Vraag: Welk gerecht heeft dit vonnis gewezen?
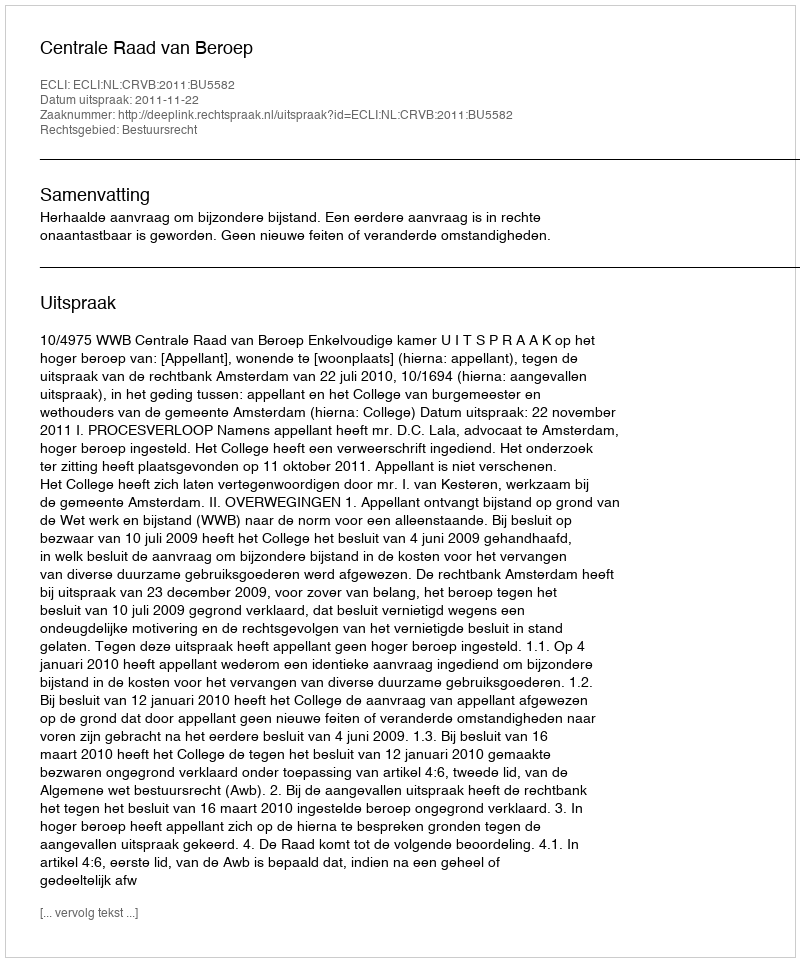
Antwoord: Centrale Raad van Beroep